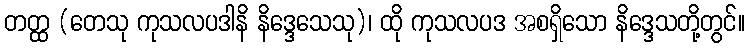
တတ္ထ (တေသု ကုသလပဒါနိ နိဒ္ဒေသေသု)၊ ထို ကုသလပဒ အစရှိသော နိဒ္ဒေသတို့တွင်။